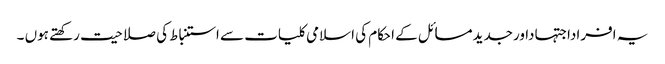
یہ افراداجتہاداورجدیدمسائل کے احکام کی اسلامی کلیات سے استنباط کی صلاحیت رکھتے ہوں ۔